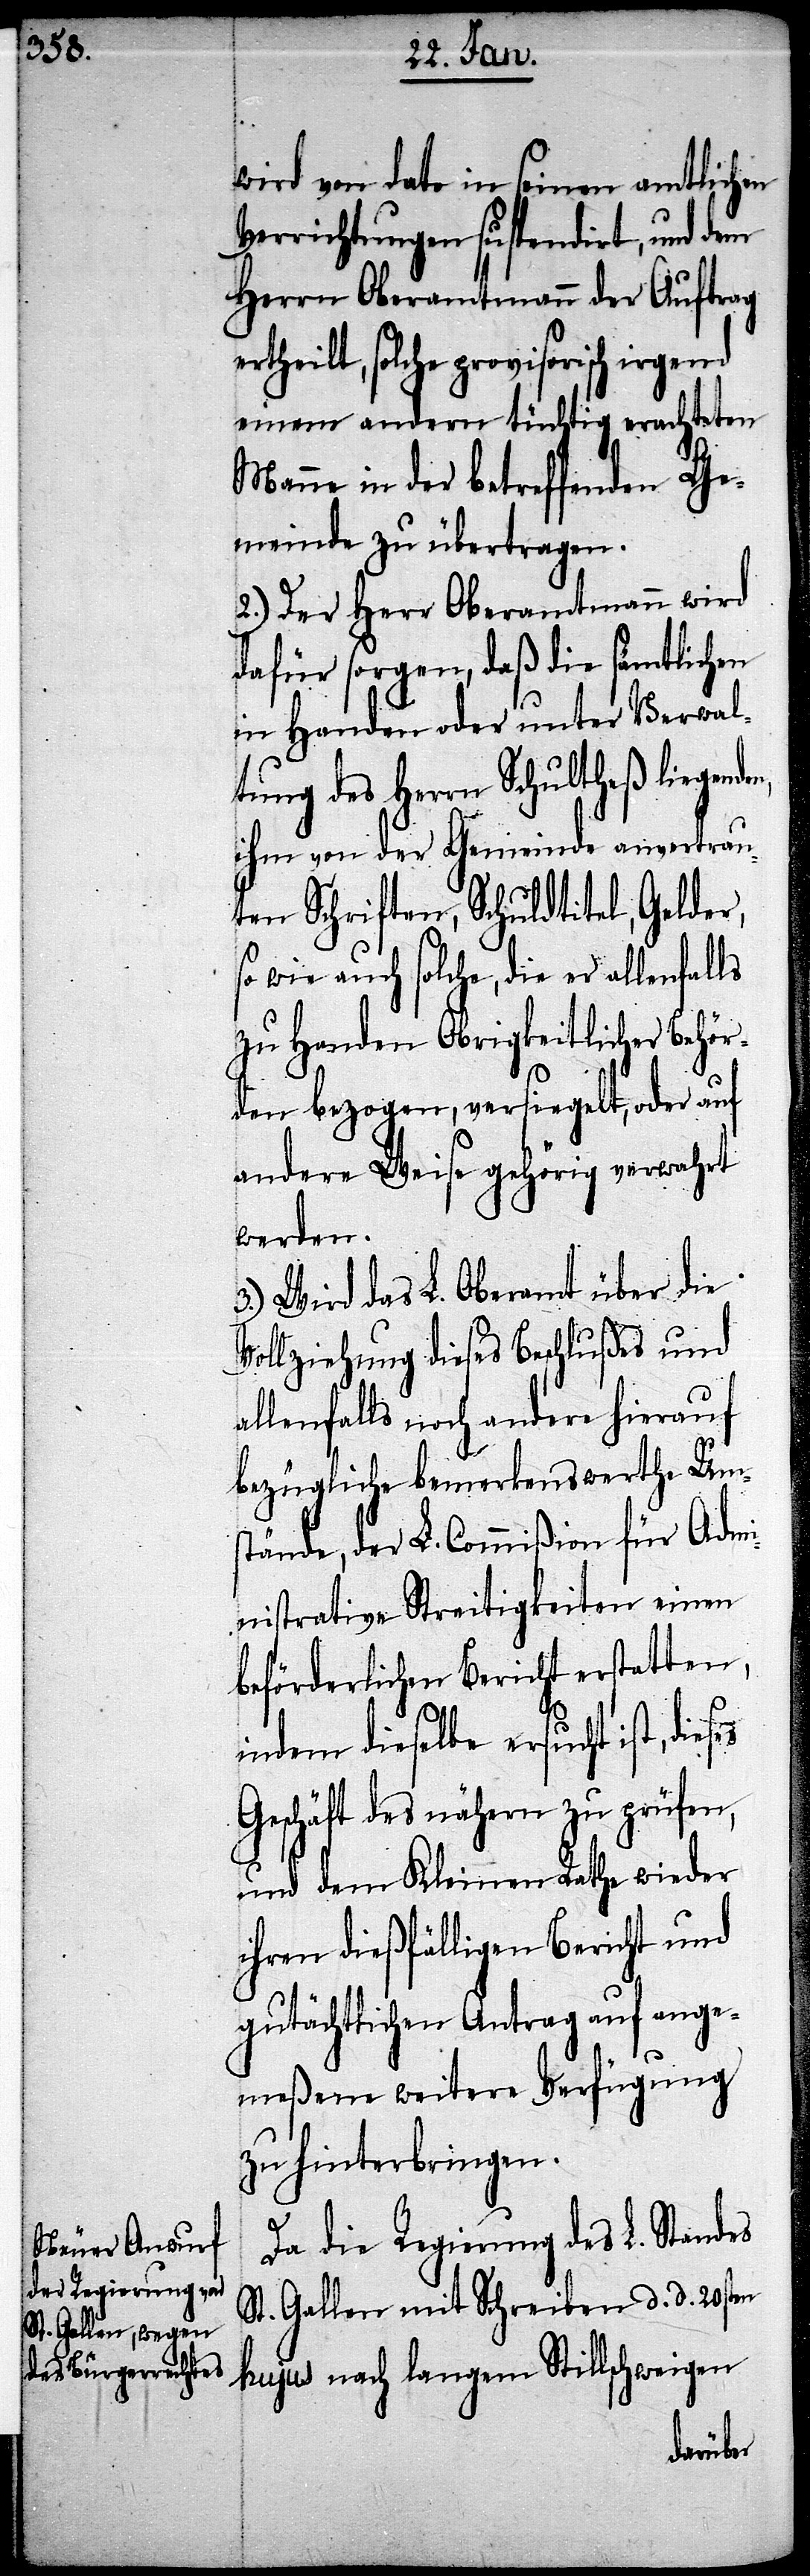
wird von dato in seinen amtlichen
Verrichtungen suspendirt, und dem
Herrn Oberamtmann der Auftrag
rtheilt, solche provisorisch irgend
einem andern tüchtig erachteten
Manne in der betreffenden Ge¬
meinde zu übertragen.
2.) Der Herr Oberamtmann wird
dafür sorgen, daß die sämtlichen
in Handen oder unter Verwal¬
tung des Herrn Schultheß liegen¬
ihm von der Gemeinde anvertrau¬
ten Schriften, Schuldtitel, Gelder,
so wie auch solche, die er allenfalls
zu Handen Obrigkeitlicher Behör¬
den bezogen, versiegelt, oder auf
andere Weise gehörig verwahrt
werden.
3.) Wird das L. Oberamt über die
Vollziehung dieses Beschlußes und
allenfalls noch andere hierauf
bezügliche bemerkenswerthe Ums¬
tände, der L. Commißion für Admi¬
nistrative Streitigkeiten einen
beförderlichen Bericht erstatten,
indem dieselbe ersucht ist,
Geschäft des nähern zu prüfen,
und dem Kleinen Rathe wieder
ihren dießfälligen Bericht und
gutächtlichen Antrag auf ange¬
meßene weitere Verfügung
zu hinterbringen.
Da die Regierung des L. Standes
St. Gallen mit Schreiben d. d. 20sten
hujus nach langem Stillschweigen
den,